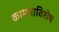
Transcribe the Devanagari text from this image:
कामनाविशेष